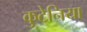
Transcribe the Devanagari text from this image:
कुटेनिया